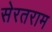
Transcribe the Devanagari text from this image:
सेरतराम